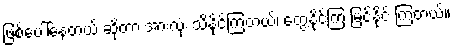
ဖြစ်ပေါ်နေတယ် ဆိုတာ အားလုံး သိနိုင်ကြတယ်၊ တွေ့နိုင်ကြ မြင်နိုင် ကြတယ်။